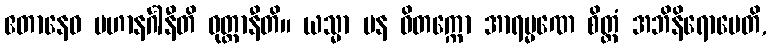
ဧတာနေဝ ပဟာနင်္ဂါနီတိ ဝုတ္တာနီတိ။ ယသ္မာ ပန ဝိတက္ကော အာရမ္မဏေ စိတ္တံ အဘိနိရောပေတိ,